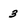
Character: 3